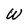
Character: W